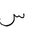
Letter: _sin